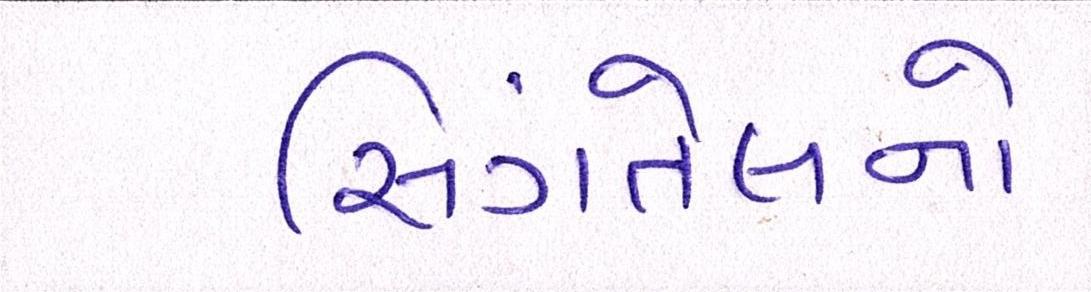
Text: સિંગતેલનો